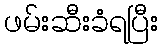
ဖမ်းဆီးခံရပြီး